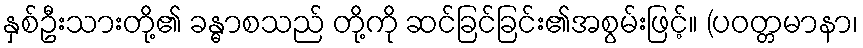
နှစ်ဦးသားတို့၏ ခန္ဓာစသည် တို့ကို ဆင်ခြင်ခြင်း၏အစွမ်းဖြင့်။ (ပဝတ္တမာနာ၊